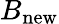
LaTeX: B_{\mathrm{new}}